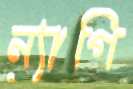
ন্যাগি